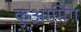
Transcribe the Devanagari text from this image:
कुओमिंग